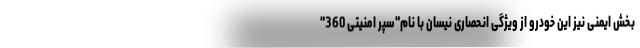
بخش ایمنی نیز این خودرو از ویژگی انحصاری نیسان با نام"سپر امنیتی 360"